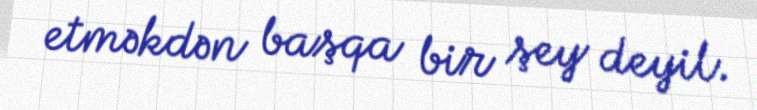
etməkdən başqa bir şey deyil.